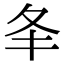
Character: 𡕖